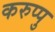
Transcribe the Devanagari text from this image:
करुप्पु